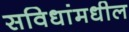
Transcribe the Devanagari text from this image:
सविधांमधील